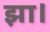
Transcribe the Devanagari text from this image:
झा।